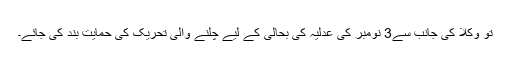
تو وکلا کی جانب سے3 نومبر کی عدلیہ کی بحالی کے لیے چلنے والی تحریک کی حمایت بند کی جائے۔